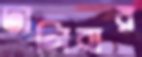
ঢালিবার